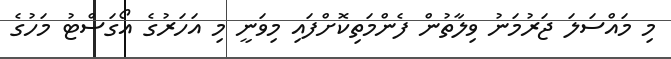
މި މައްސަލަ ޖަރުމަނު ވިލާތުން ފެންމަތިކޮށްފައި މިވަނީ މި އަހަރުގެ އޯގަސްޓު މަހުގެ